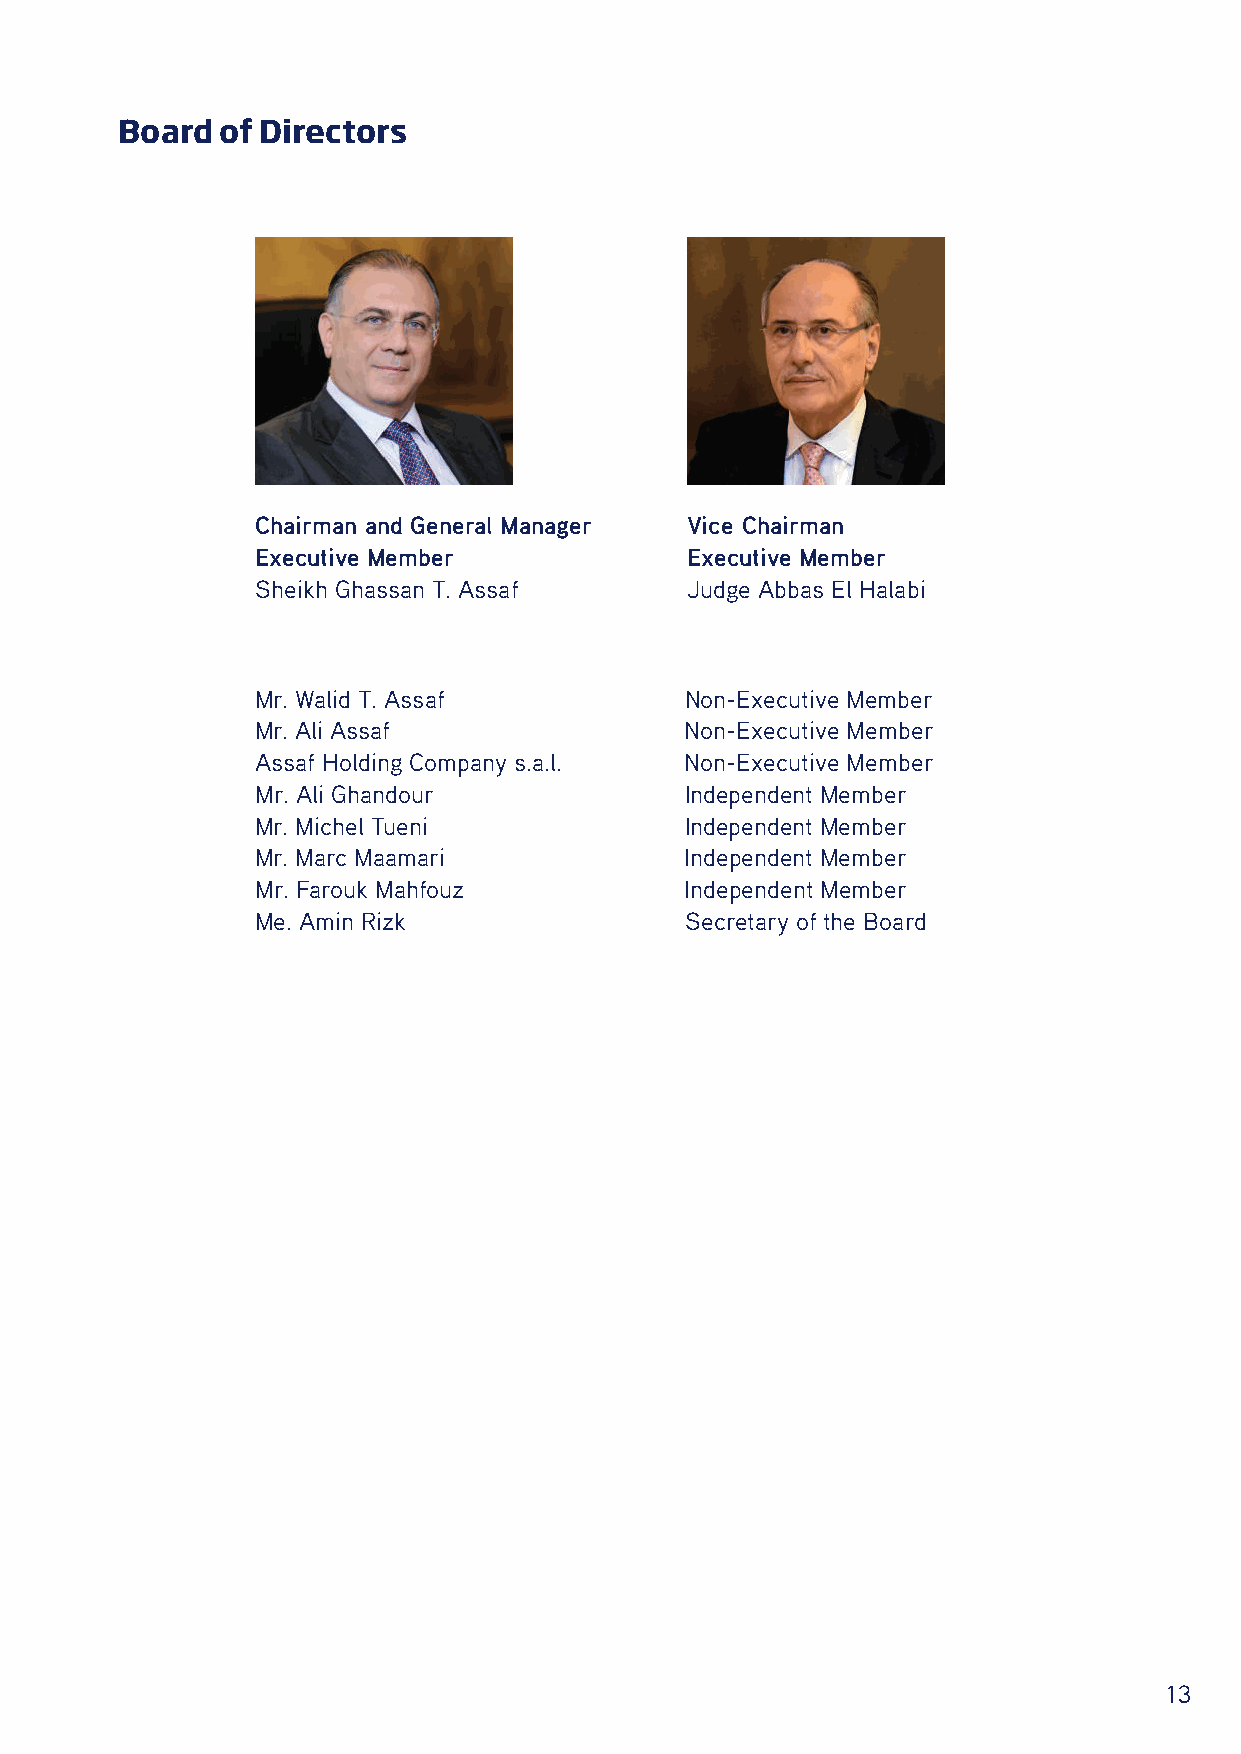
Board  of Directors
 Chairman and General Manager Vice Chairman
 Executive Member            Executive Member
 Sheikh Ghassan T. Assaf     Judge Abbas El Halabi
 Mr. Walid T. Assaf          Non-Executive Member
 Mr. Ali Assaf               Non-Executive Member
 Assaf Holding Company s.a.l. Non-Executive Member
 Mr. Ali Ghandour            Independent Member
 Mr. Michel Tueni            Independent Member
 Mr. Marc Maamari            Independent Member
 Mr. Farouk Mahfouz          Independent Member
 Me. Amin Rizk               Secretary of the Board
 13